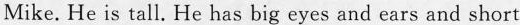
Mike. He is tall. He has big eyes and ears and short